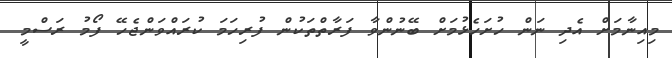
މިއިނާމަށް އެދި ނަން ހުށަހެޅުމަށް ބޭނުންވާ ފަރާތްތަކުން ފުރިހަމަ ކުރައްވަންޖެހޭ ފޯމު ރަސްމީ